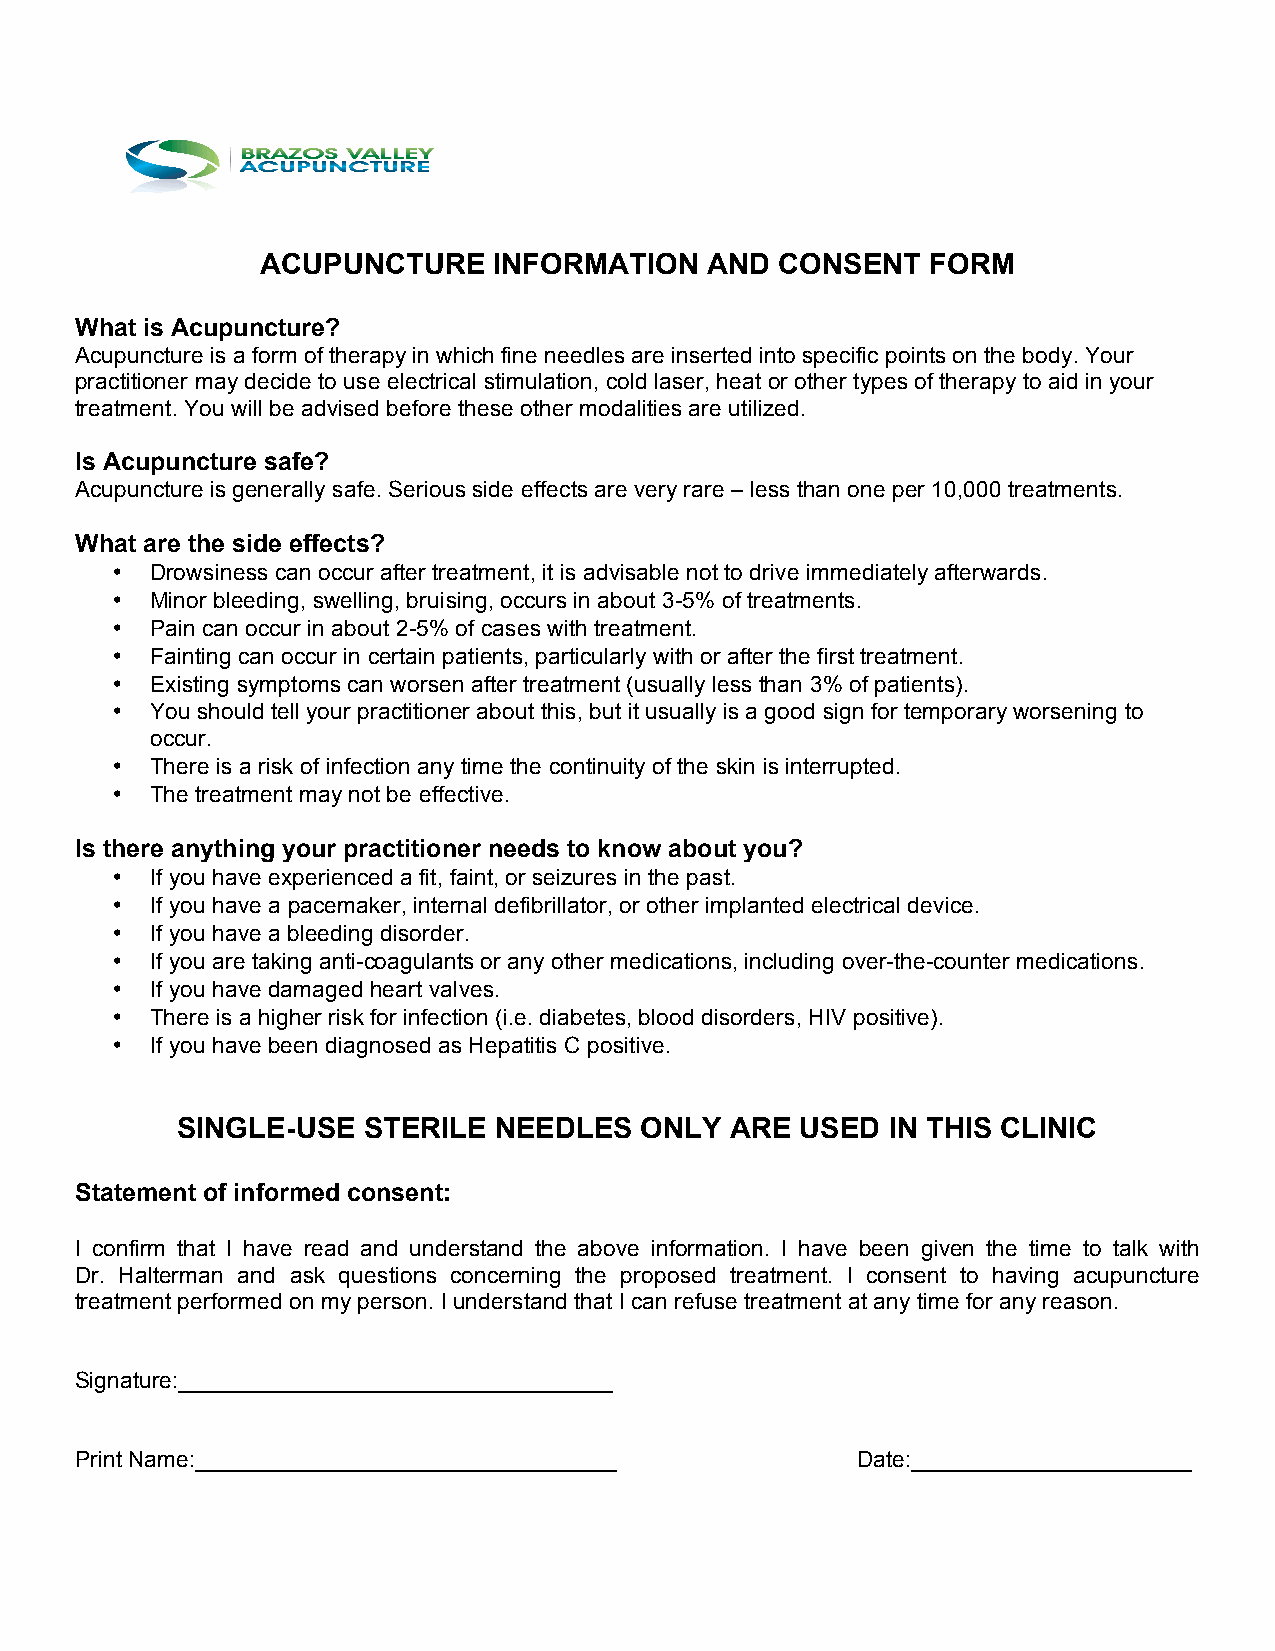
ACUPUNCTURE     INFORMATION   AND  CONSENT   FORM
 What is Acupuncture?
 Acupuncture is a form of therapy in which fine needles are inserted into specific points on the body. Your
 practitioner may decide to use electrical stimulation, cold laser, heat or other types of therapy to aid in your
 treatment. You will be advised before these other modalities are utilized.
 Is Acupuncture safe?
 Acupuncture is generally safe. Serious side effects are very rare – less than one per 10,000 treatments.
 What are the side effects?
 •  Drowsiness can occur after treatment, it is advisable not to drive immediately afterwards.
 •  Minor bleeding, swelling, bruising, occurs in about 3-5% of treatments.
 •  Pain can occur in about 2-5% of cases with treatment.
 •  Fainting can occur in certain patients, particularly with or after the first treatment.
 •  Existing symptoms can worsen after treatment (usually less than 3% of patients).
 •  You should tell your practitioner about this, but it usually is a good sign for temporary worsening to
 occur.
 •  There is a risk of infection any time the continuity of the skin is interrupted.
 •  The treatment may not be effective.
 Is there anything your practitioner needs to know about you?
 •  If you have experienced a fit, faint, or seizures in the past.
 •  If you have a pacemaker, internal defibrillator, or other implanted electrical device.
 •  If you have a bleeding disorder.
 •  If you are taking anti-coagulants or any other medications, including over-the-counter medications.
 •  If you have damaged heart valves.
 •  There is a higher risk for infection (i.e. diabetes, blood disorders, HIV positive).
 •  If you have been diagnosed as Hepatitis C positive.
 SINGLE-USE  STERILE  NEEDLES  ONLY  ARE  USED  IN THIS CLINIC
 Statement of informed consent:
 I confirm that I have read and understand the above information. I have been given the time to talk with
 Dr. Halterman and ask questions concerning the proposed treatment. I consent to having acupuncture
 treatment performed on my person. I understand that I can refuse treatment at any time for any reason.
 Signature:__________________________________
 Print Name:_________________________________        Date:______________________